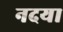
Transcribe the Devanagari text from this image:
नदया